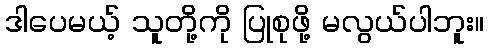
ဒါပေမယ့် သူတို့ကို ပြုစုဖို့ မလွယ်ပါဘူး။